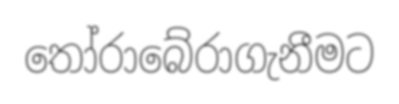
තෝරාබේරාගැනීමට